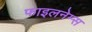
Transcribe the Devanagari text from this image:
फाइलनेम्स